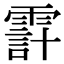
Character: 𩄊